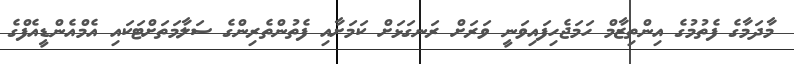
މާދަމާގެ ފެތުމުގެ އިންތިޒާމް ހަމަޖެހިފައިވަނީ ވަރަށް ރަނގަޅަށް ކަމަށާއި ފެތުންތެރިންގެ ސަލާމަތަށްޓަކައި އެމްއެންޑީއެފްގެ